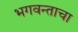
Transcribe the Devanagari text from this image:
भगवन्ताचा